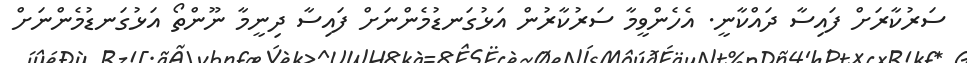
ސަރުކާރަށް ފައިސާ ދައްކާނީ. އެހެންވީމާ ސަރުކާރުން އަޅުގަނޑުމެންނަށް ފައިސާ ދިނީމާ ނޫންތޯ އަޅުގަނޑުމެންނަށް